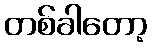
တစ်ခါတော့